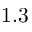
1 . 3